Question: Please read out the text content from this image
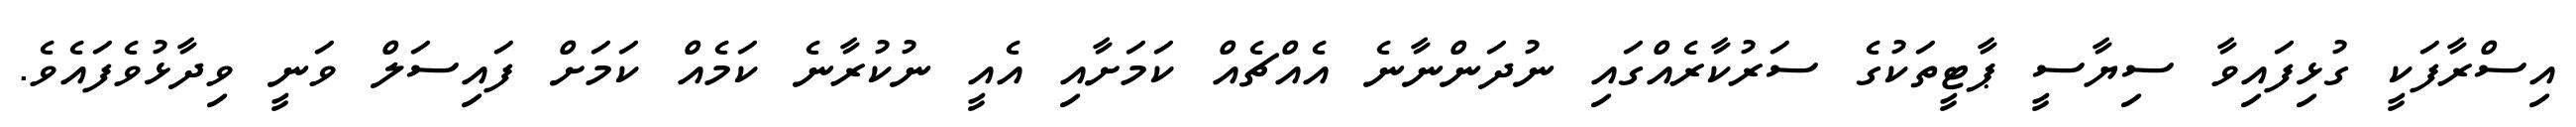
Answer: އިސްރާފަކީ ގުޅިފައިވާ ސިޔާސީ ޕާޓީތަކުގެ ސަރުކާރެއްގައި ނުދަންނާނެ އެއްޗެއް ކަމަށާއި އެއީ ނުކުރާނެ ކަމެއް ކަމަށް ފައިސަލް ވަނީ ވިދާޅުވެފައެވެ.